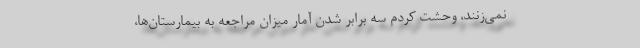
نمی‌زنند، وحشت کردم سه برابر شدن آمار میزان مراجعه به بیمارستان‌ها،